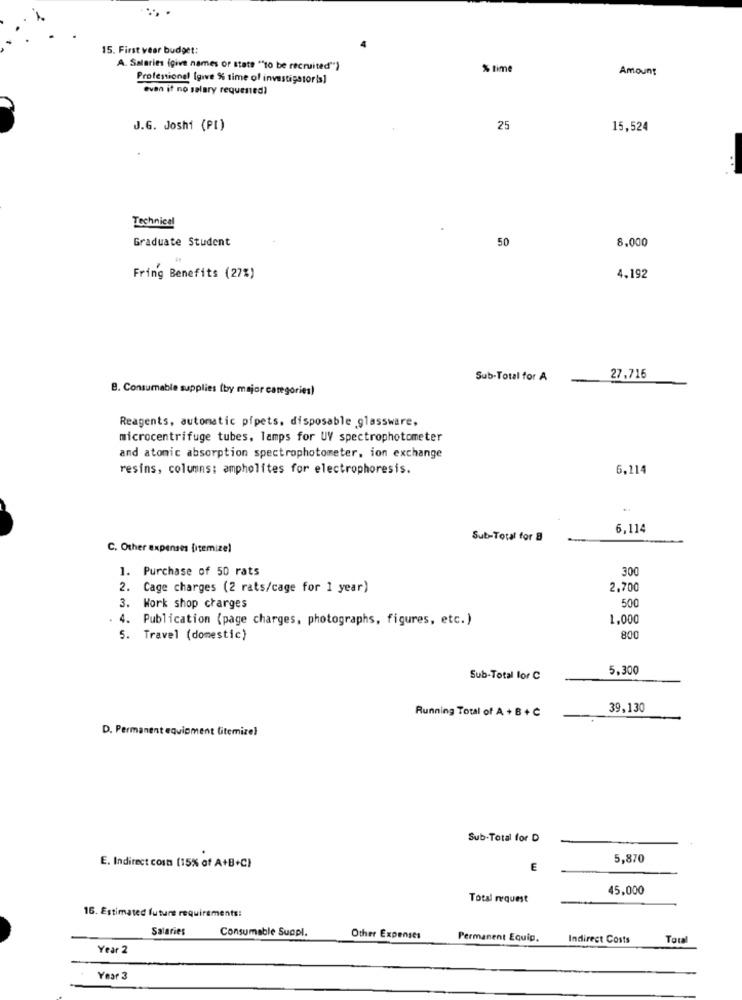
15. First year budget:
A. Salaries (give names or state ""to be recruited")
% time
Amount
Professional (give % time of investigatoris]
even it no salary requested?
J.G. Joshi (PI)
25
15,524
Technical
Graduate Student
50
8.000
Fring Benefits (27%)
4.192
Sub-Total for A
27,716
B. Consumable supplies (by major categories)
Reagents, automatic pipets. disposable .glassware,
microcentrifuge tubes, lamps for UV spectrophotometer
and atomic absorption spectrophotometer, ion exchange
resins, columns: ampholites for electrophoresis.
6,114
6,114
Sub-Total for 8
C. Other expenses Ditemize)
1. Purchase of 50 rats
300
2. Cage charges (2 rats/cage for 1 year)
2.700
500
3. Work shop charges
. 4. Publication (page charges, photographs, figures, etc.)
1,000
5. Travel (domestic)
800
5,300
Sub-Total for C
Running Total of A + B + C
39,130
D. Permanent equipment (itemize}
Sub-Total for D
5,870
E. Indirect cost (15% of A+B+C)
E
45,000
Total request
16. Estimated future requirements:
Salaries
Consumable Suapl.
Other Expenses
Permanent Equip.
Indirect Costs
Toul
Year 2
Year 3